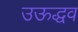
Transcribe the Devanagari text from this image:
उऊद्धव